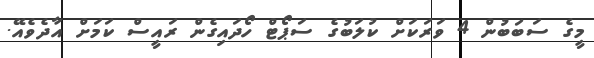
މީގެ ސަބަބުން 4 ވަރަކަށް ކުލަބުގެ ސަޕޯޓް ހޯދައިގެން ރައީސް ކަމަށް އާދެވެއޭ.